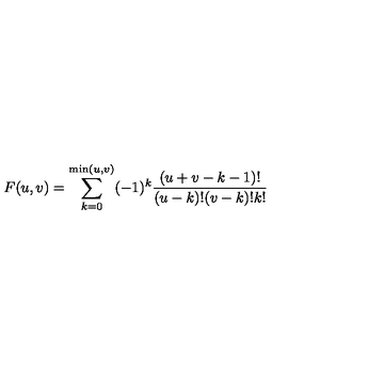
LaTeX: F ( u , v ) = \sum _ { k = 0 } ^ { \mathrm { m i n } ( u , v ) } ( - 1 ) ^ { k } \frac { ( u + v - k - 1 ) ! } { ( u - k ) ! ( v - k ) ! k ! }